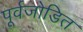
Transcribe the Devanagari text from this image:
पूर्वजोडित